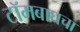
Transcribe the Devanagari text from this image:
टॉमबाघचा